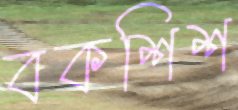
বকশিশ